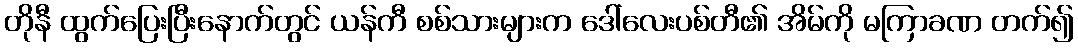
တိုနီ ထွက်ပြေးပြီးနောက်တွင် ယန်ကီ စစ်သားများက ဒေါ်လေးပစ်တီ၏ အိမ်ကို မကြာခဏ တက်၍